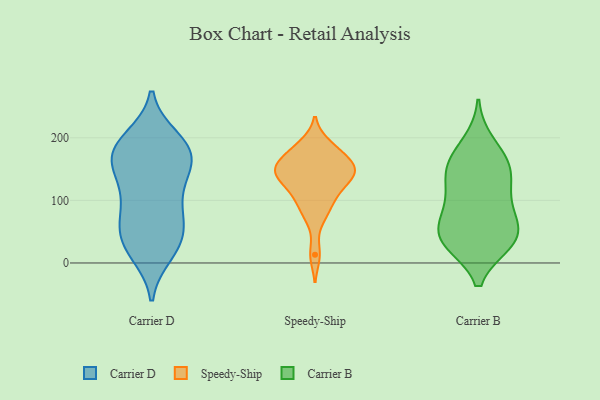
{"axis": {"x": "Production Output", "y": "Value"}, "legend": ["Carrier B", "Carrier D", "Speedy-Ship"], "data": [{"x": "", "y": 199, "type": "Carrier D"}, {"x": "", "y": 140, "type": "Carrier D"}, {"x": "", "y": 198, "type": "Carrier D"}, {"x": "", "y": 125, "type": "Carrier D"}, {"x": "", "y": 39, "type": "Carrier D"}, {"x": "", "y": 184, "type": "Carrier D"}, {"x": "", "y": 92, "type": "Carrier D"}, {"x": "", "y": 175, "type": "Carrier D"}, {"x": "", "y": 168, "type": "Carrier D"}, {"x": "", "y": 130, "type": "Carrier D"}, {"x": "", "y": 78, "type": "Carrier D"}, {"x": "", "y": 21, "type": "Carrier D"}, {"x": "", "y": 176, "type": "Carrier D"}, {"x": "", "y": 54, "type": "Carrier D"}, {"x": "", "y": 162, "type": "Carrier D"}, {"x": "", "y": 27, "type": "Carrier D"}, {"x": "", "y": 15, "type": "Carrier D"}, {"x": "", "y": 81, "type": "Carrier D"}, {"x": "", "y": 174, "type": "Carrier D"}, {"x": "", "y": 52, "type": "Carrier D"}, {"x": "", "y": 149, "type": "Speedy-Ship"}, {"x": "", "y": 129, "type": "Speedy-Ship"}, {"x": "", "y": 148, "type": "Speedy-Ship"}, {"x": "", "y": 132, "type": "Speedy-Ship"}, {"x": "", "y": 165, "type": "Speedy-Ship"}, {"x": "", "y": 109, "type": "Speedy-Ship"}, {"x": "", "y": 86, "type": "Speedy-Ship"}, {"x": "", "y": 148, "type": "Speedy-Ship"}, {"x": "", "y": 183, "type": "Speedy-Ship"}, {"x": "", "y": 74, "type": "Speedy-Ship"}, {"x": "", "y": 13, "type": "Speedy-Ship"}, {"x": "", "y": 149, "type": "Speedy-Ship"}, {"x": "", "y": 147, "type": "Speedy-Ship"}, {"x": "", "y": 173, "type": "Speedy-Ship"}, {"x": "", "y": 190, "type": "Speedy-Ship"}, {"x": "", "y": 109, "type": "Speedy-Ship"}, {"x": "", "y": 168, "type": "Carrier B"}, {"x": "", "y": 92, "type": "Carrier B"}, {"x": "", "y": 73, "type": "Carrier B"}, {"x": "", "y": 34, "type": "Carrier B"}, {"x": "", "y": 154, "type": "Carrier B"}, {"x": "", "y": 100, "type": "Carrier B"}, {"x": "", "y": 127, "type": "Carrier B"}, {"x": "", "y": 151, "type": "Carrier B"}, {"x": "", "y": 143, "type": "Carrier B"}, {"x": "", "y": 36, "type": "Carrier B"}, {"x": "", "y": 35, "type": "Carrier B"}, {"x": "", "y": 192, "type": "Carrier B"}, {"x": "", "y": 60, "type": "Carrier B"}, {"x": "", "y": 44, "type": "Carrier B"}, {"x": "", "y": 32, "type": "Carrier B"}]}